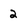
Character: 2